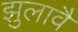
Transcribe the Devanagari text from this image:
झुलावै